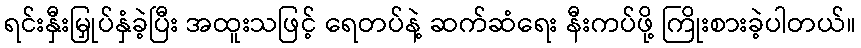
ရင်းနှီးမြှုပ်နှံခဲ့ပြီး အထူးသဖြင့် ရေတပ်နဲ့ ဆက်ဆံရေး နီးကပ်ဖို့ ကြိုးစားခဲ့ပါတယ်။